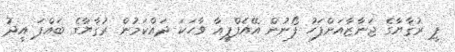
ޕީ ރުޤާޔާގެ ޖަނާޒާއަށްފަހު ފޯނުން އޭއެފްޕީއާ ވާހަކަ ދައްކަމުން ރުޤާޔާގެ ބައްޕަ އީދު